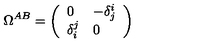
\Omega ^ { A B } = \left( \begin{array} { l l } { 0 } & { - \delta _ { j } ^ { i } } \\ { \delta _ { i } ^ { j } } & { 0 } \\ \end{array} \right)